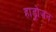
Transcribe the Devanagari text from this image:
हाड्रोजन